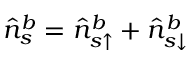
\hat { n } _ { s } ^ { b } = \hat { n } _ { s \uparrow } ^ { b } + \hat { n } _ { s \downarrow } ^ { b }